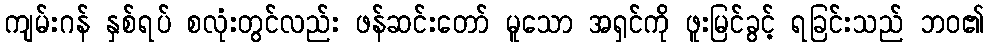
ကျမ်းဂန် နှစ်ရပ် စလုံးတွင်လည်း ဖန်ဆင်းတော် မူသော အရှင်ကို ဖူးမြင်ခွင့် ရခြင်းသည် ဘဝ၏